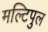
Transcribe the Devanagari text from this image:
मल्टिपुल